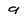
Character: 9